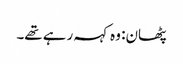
پٹھان: وہ کہہ رہے تھے۔